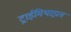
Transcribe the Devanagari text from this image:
ट्राईमिथाइल